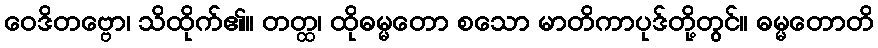
ဝေဒိတဗ္ဗော၊ သိထိုက်၏။ တတ္ထ၊ ထိုဓမ္မတော စသော မာတိကာပုဒ်တို့တွင်။ ဓမ္မတောတိ